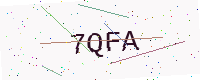
Text: 7QFA